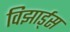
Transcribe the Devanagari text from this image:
विझार्ड्‌स